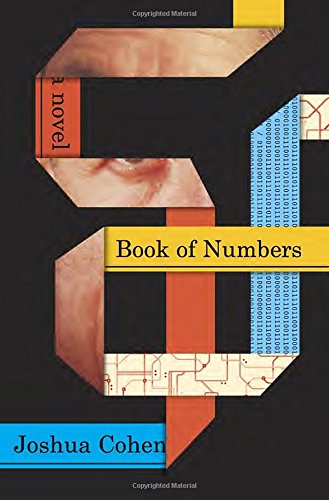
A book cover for Book of Numbers: A Novel; Joshua Cohen; Mystery, Thriller & Suspense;